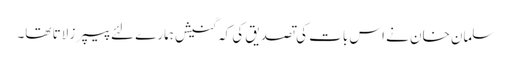
سلمان خان نے اس بات کی تصدیق کی کہ گنیش ہمارے لئے پیپرز لاتا تھا۔